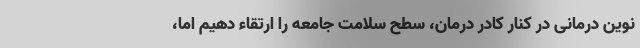
نوین درمانی در کنار کادر درمان، سطح سلامت جامعه را ارتقاء دهیم اما،